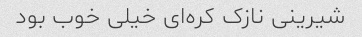
شیرینی نازک کره‌ای خیلی خوب بود